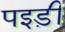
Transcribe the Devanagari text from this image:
पइड़ी